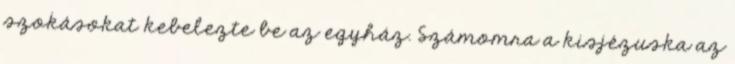
szokásokat kebelezte be az egyház. Számomra a kisjézuska az